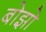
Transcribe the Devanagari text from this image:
बोझो